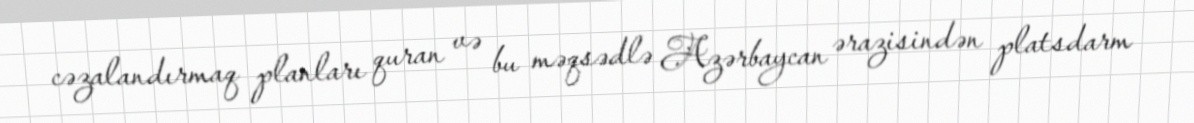
cəzalandırmaq planları quran və bu məqsədlə Azərbaycan ərazisindən platsdarm